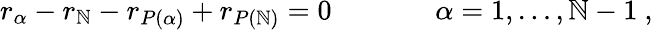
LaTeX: r_{\alpha}-r_{\mathbb{N}}-r_{P(\alpha)}+r_{P(\mathbb{N})}=0\, ~~~~~~~~~~~~~~\alpha=1,\dots,\mathbb{N}-1\ ,